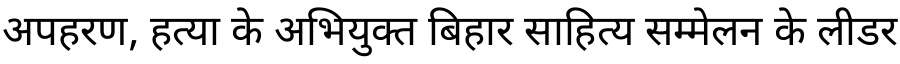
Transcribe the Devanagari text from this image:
अपहरण, हत्या के अभियुक्त बिहार साहित्य सम्मेलन के लीडर